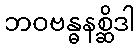
ဘဝဗန္ဓနစ္ဆိဒါ